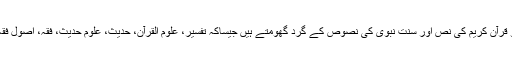
علوم النص: یہ وجود میں آنے والے وہ تمام علوم ہیں جو قرآن کریم کی نص اور سنت نبوی کی نصوص کے گرد گھومتے ہیں جیساکہ تفسیر، علوم القرآن، حدیث، علوم حدیث، فقہ، اصول فقہ، علوم السیرہ، اصول العقیدہ اور اس کے بنیادی مسائل۔